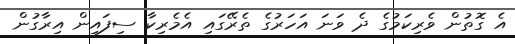
އެ ގޮތުން ވެރިކަމުގެ ދެ ވަނަ އަހަރުގެ ތެރޭގައި އެމެރިކާ ސިފައިން އިރާގުން